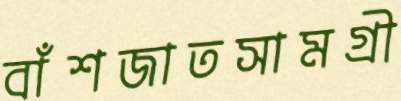
বাঁশজাতসামগ্রী